Annual administration report of the Civil Veterinary Department of India - 1903-1904
Year: 1903
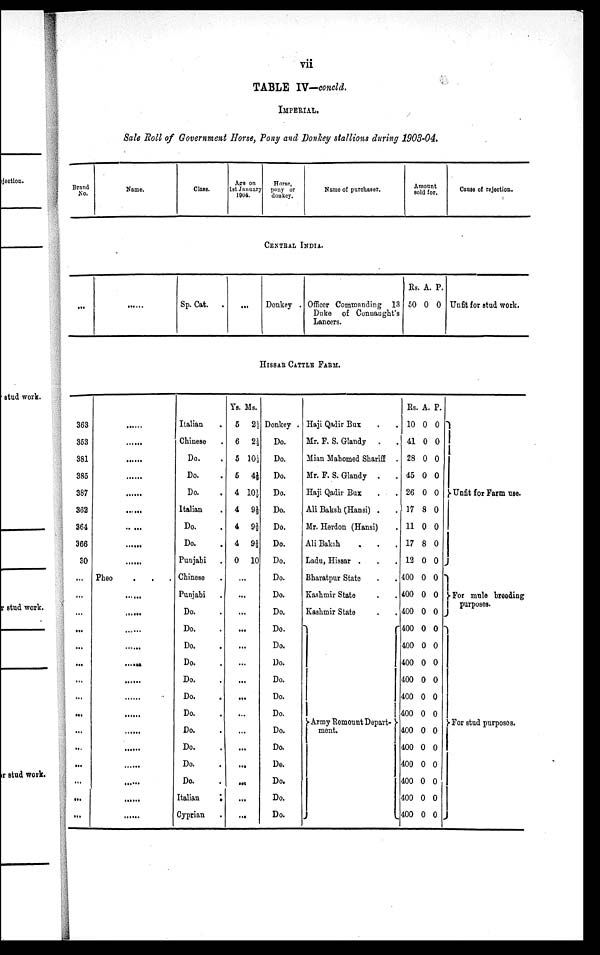
vii
TABLE IV—concld.
IMPERIAL.
Sale Roll of Government Horse, Pony and Donkey stallions during 1903-04.
Brand
No.
Name.
Class.
Age on
1st January
1904.
Horse,
pony or
donkey.
Name of purchaser.
Amount
sold.
Cause of rejection.
CENTRAL INDIA.
...
......
Sp. Cat.
. ...
Donkey
Officer Commanding 13
Duke of Conuaught's
Lancers.
Rs.
50
A.
0
P.
0 Unfit for stud work.
HISSAR
CATTLE
FARM.
363
353
381
385
387
362
364
366
30
...
...
...
...
...
...
...
...
...
...
...
...
...
...
...
......
......
......
......
......
......
......
......
......
Pheo . . .
......
......
......
......
......
......
......
......
......
......
......
......
Italian .
Chinese .
Do. .
Do. .
Do. .
Italian .
Do. .
Do. .
Punjabi .
Chinese .
Punjabi .
Do. .
Do. .
Do. .
Do. .
Do. .
Do. .
Do. .
Do. .
Do. .
Do. .
Do. .
Italian
.
Cyprian
Ys.
5
6
5
5
4
4
4
4
0
Ms.
2½
2½
10½
4½
10½
9½
9½
9½
10
...
...
...
...
...
...
...
...
...
...
...
...
...
...
...
Donkey .
Do.
Do.
Do.
Do.
Do.
Do.
Do.
Do.
Do.
Do.
Do.
Do.
Do.
Do.
Do.
Do.
Do.
Do.
Do.
Do.
Do.
Do.
Do.
Haji Qadir Bux . .
Mr. F. S. Glandy . .
Mian Mahomed Shariff . .
Mr. F. S. Glandy . .
Haji Qadir Bux . .
Ali Baksh (Hansi) . .
Mr. Herdon (Hansi) .
Ali Baksh . . .
Ladu, Hissar . . .
Bharatpur State . .
Kashmir State . .
Kashmir State . .
Army Remount Depart-
ment.
Rs.
10
41
28
45
26
17
11
17
12
400
400
400
400
400
400
400
400
400
400
400
400
400
400
400
A.
0
0
0
0
0
8
0
8
0
0
0
0
0
0
0
0
0
0
0
0
0
0
0
0
P.
0
0
0
0
0
0
0
0
0
0
0
0
0
0
0
0
0
0
0
0
0
0
0
0
Unfit for Farm use.
For mule breeding
For stud purposes.